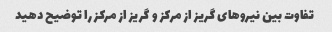
تفاوت بین نیروهای گریز از مرکز و گریز از مرکز را توضیح دهید